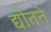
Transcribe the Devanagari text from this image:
द्योतते